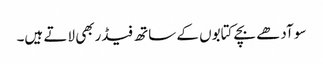
سو آدھے بچے کتابوں کے ساتھ فیڈربھی لاتے ہیں۔